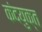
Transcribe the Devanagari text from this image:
कंदयुक्त